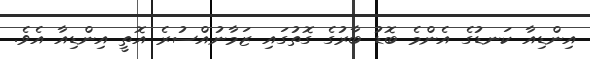
އިންޑިއާ ކަނޑުގެ އެންމެ ބޮޑު ބާރުގެ ގޮތުގައި ޒަމާނުއްސުރެ އޮތީ އިންޑިއާ އެވެ.